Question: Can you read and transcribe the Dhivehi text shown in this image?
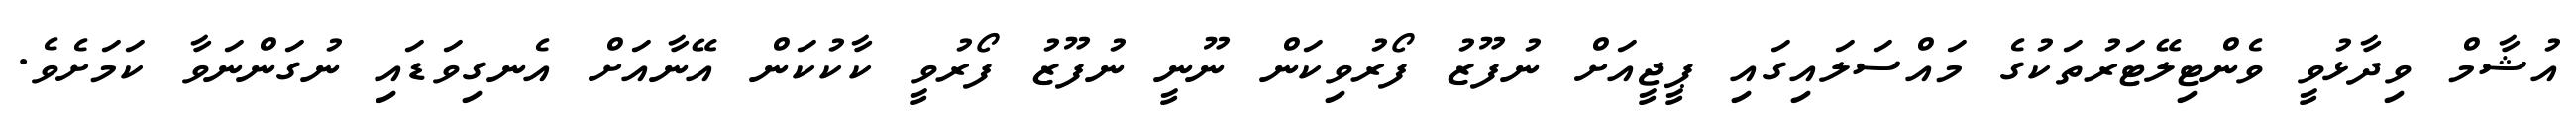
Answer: އުޝާމް ވިދާޅުވީ ވެންޓިލޭޓަރުތަކުގެ މައްސަލައިގައި ޕީޖީއަށް ނުފޫޒު ފޯރުވިކަން ނޫނީ ނުފޫޒު ފޯރުވީ ކާކުކަން އޭނާއަށް އެނގިވަޑައި ނުގަންނަވާ ކަމަށެވެ.